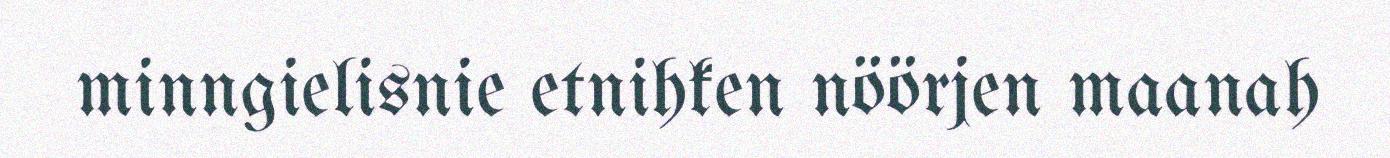
minngielisnie etnihken nöörjen maanah